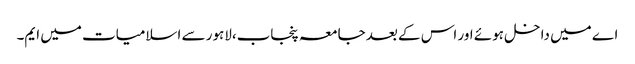
اے میں داخل ہوئے اور اس کے بعد جامعہ پنجاب،لاہور سے اسلامیات میں ایم۔